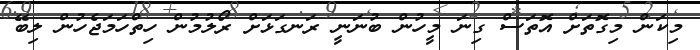
މިކަން މިގޮތަށް އޮތަސް ގިނަ މީހުން ބުނަނީ ރަނގަޅަށް ރޯލުމުން ހިތްހަމަޖެހުން ލިބޭ